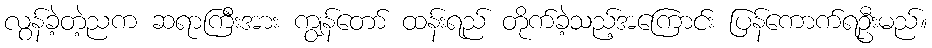
လွန်ခဲ့တဲ့ညက ဆရာကြီးအား ကျွန်တော် ထန်းရည် တိုက်ခဲ့သည့်အကြောင်း ပြန်ကောက်ရဦးမည်။